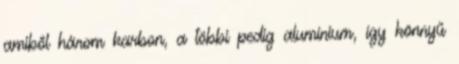
amiből három karbon, a többi pedig alumínium, így könnyű